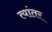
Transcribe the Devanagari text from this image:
त्यांतर